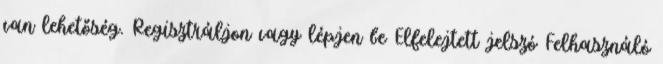
van lehetőség. Regisztráljon vagy lépjen be Elfelejtett jelszó Felhasználó